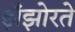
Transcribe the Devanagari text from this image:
झँझोरते